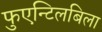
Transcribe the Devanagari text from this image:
फुएन्टिलबिला